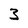
Character: 3